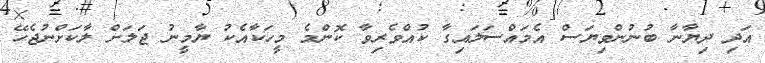
އަދި ދިޔާނާ ބުނުންވިޔަސް އެމައްސަލައިގާ ކުއްވެރިވާ ކޮންމެ މީހަކާއެކު ޔާމީނު ޖަލަށް ލާކަށްނުޖެހޭ